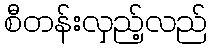
စီတန်းလှည့်လည်